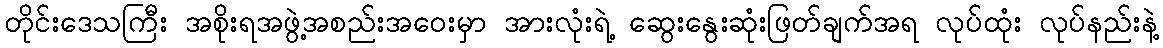
တိုင်းဒေသကြီး အစိုးရအဖွဲ့အစည်းအဝေးမှာ အားလုံးရဲ့ ဆွေးနွေးဆုံးဖြတ်ချက်အရ လုပ်ထုံး လုပ်နည်းနဲ့